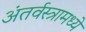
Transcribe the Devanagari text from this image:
अंतर्वस्त्रामध्ये